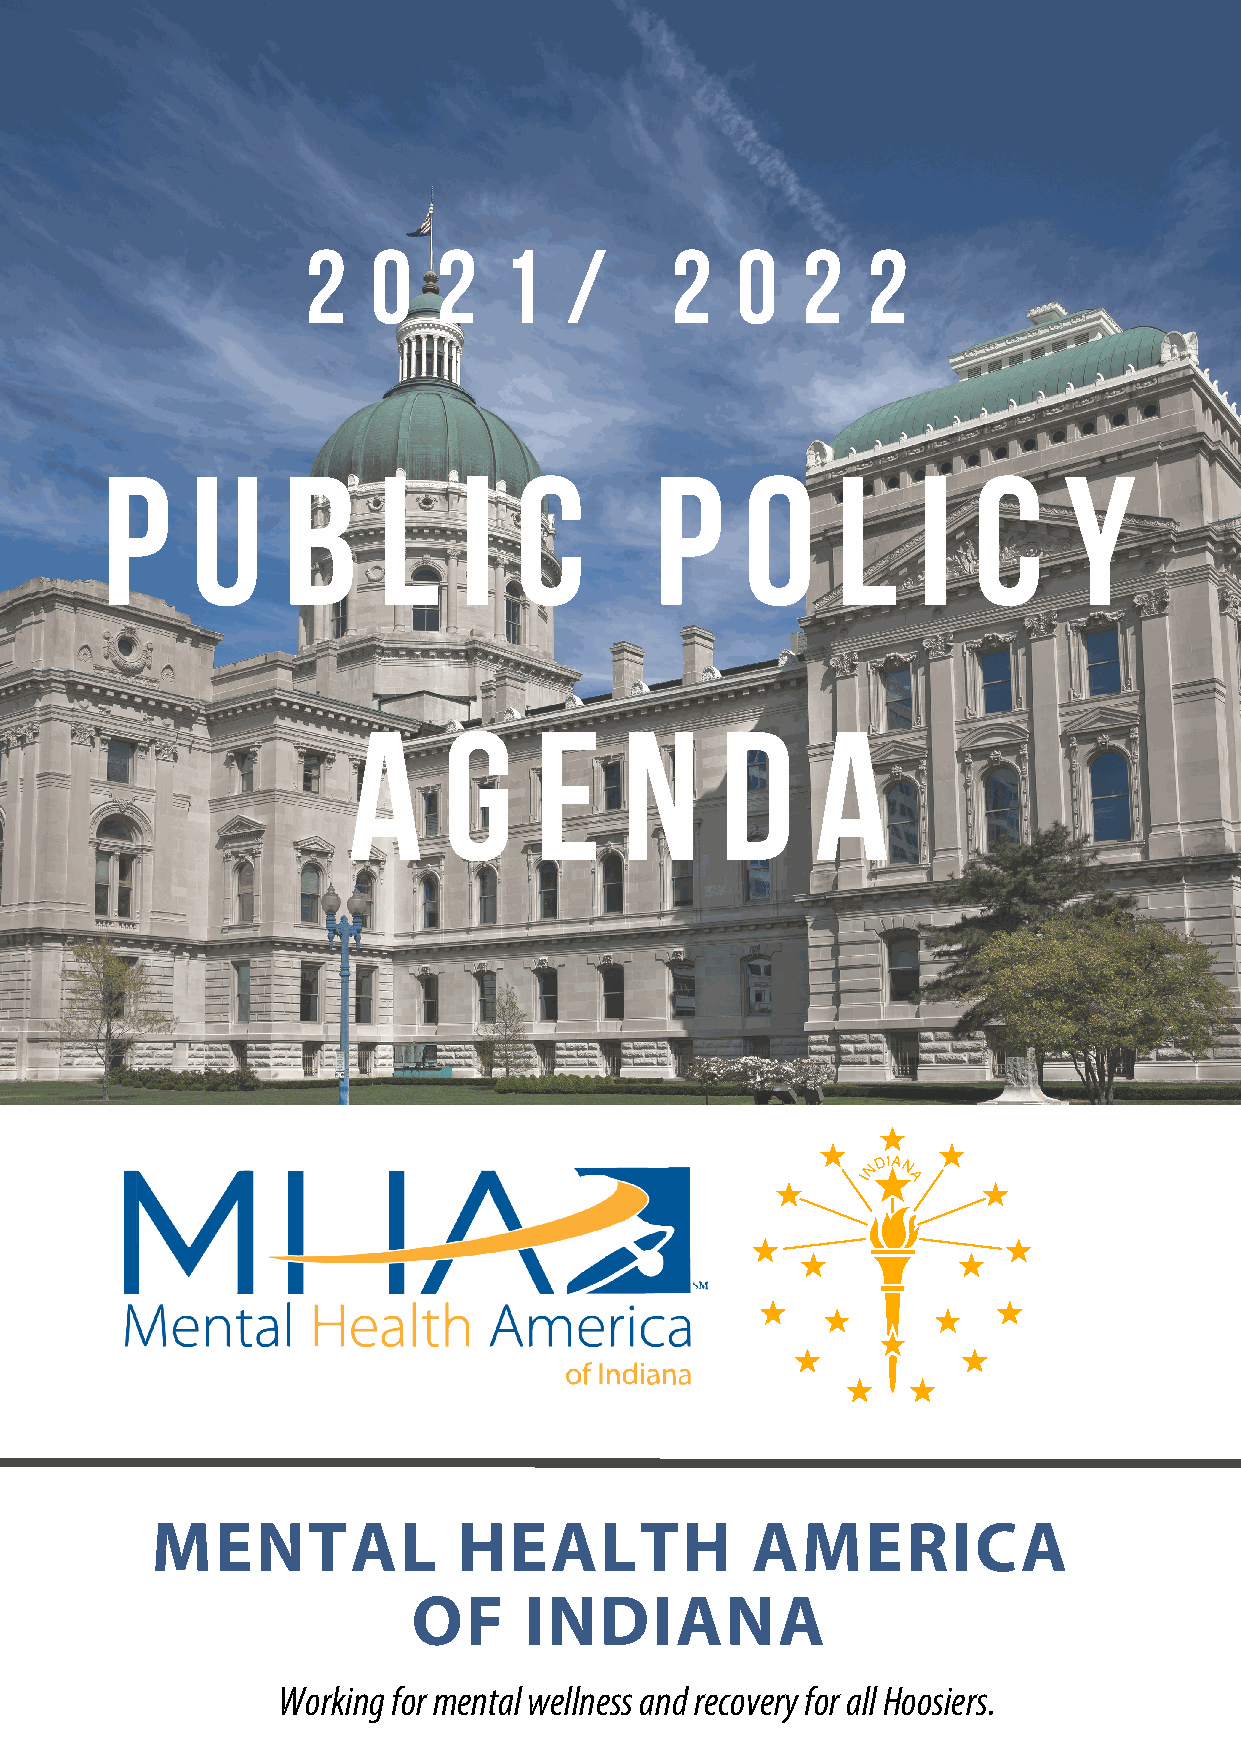
2    0   2   1    /     2    0   2   2
 P     U     B     L    I   C        P     O     L     I  C     Y
 A     G     E     N      D     A
 MENTAL              HEALTH              AMERICA
 OF      INDIANA
 Working for mental wellness and recovery for all Hoosiers.